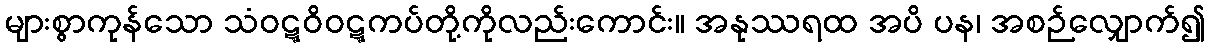
များစွာကုန်သော သံဝဋ္ဋဝိဝဋ္ဋကပ်တို့ကိုလည်းကောင်း။ အနုဿရထ အပိ ပန၊ အစဉ်လျှောက်၍